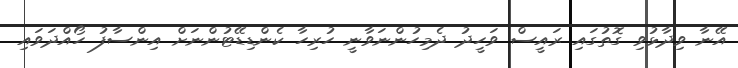
އޭނާ ވިދާޅުވި ގޮތުގައި ރައީސް ވަހީދު ދެމިހުންނަވާނީ ހުރިހާ ކެންޑިޑޭޓުންނަށް އިންސާފު ހޯއްދަވައި